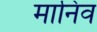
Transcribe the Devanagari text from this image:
मानिव